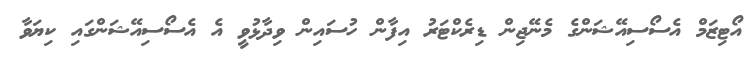
އޯޓިޒަމް އެސޯސިއޭޝަންގެ މެނޭޖިން ޑިރެކްޓަރު އިފާން ހުސައިން ވިދާޅުވީ އެ އެސޯސިއޭޝަންގައި ކިޔަވާ